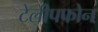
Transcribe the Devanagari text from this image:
टेलीपफोन